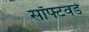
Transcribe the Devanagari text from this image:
सॉफ्टवर्ड